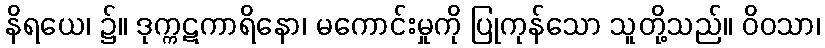
နိရယေ၊ ၌။ ဒုက္ကဋကာရိနော၊ မကောင်းမှုကို ပြုကုန်သော သူတို့သည်။ ဝိဝသာ၊